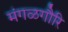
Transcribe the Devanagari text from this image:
मंगळगौरि